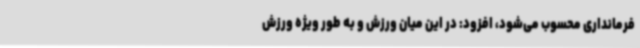
فرمانداری محسوب می‌شود، افزود: در این میان ورزش و به طور ویژه ورزش